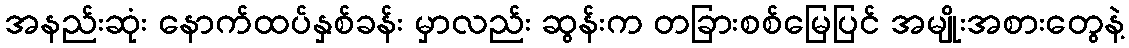
အနည်းဆုံး နောက်ထပ်နှစ်ခန်း မှာလည်း ဆွန်းက တခြားစစ်မြေပြင် အမျိုးအစားတွေနဲ့